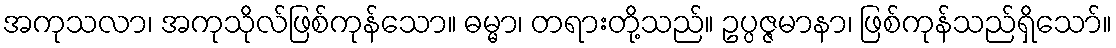
အကုသလာ၊ အကုသိုလ်ဖြစ်ကုန်သော။ ဓမ္မာ၊ တရားတို့သည်။ ဥပ္ပဇ္ဇမာနာ၊ ဖြစ်ကုန်သည်ရှိသော်။